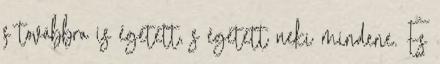
s továbbra is égetett, s égetett neki mindene. És